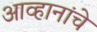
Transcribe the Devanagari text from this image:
आव्हानांचे